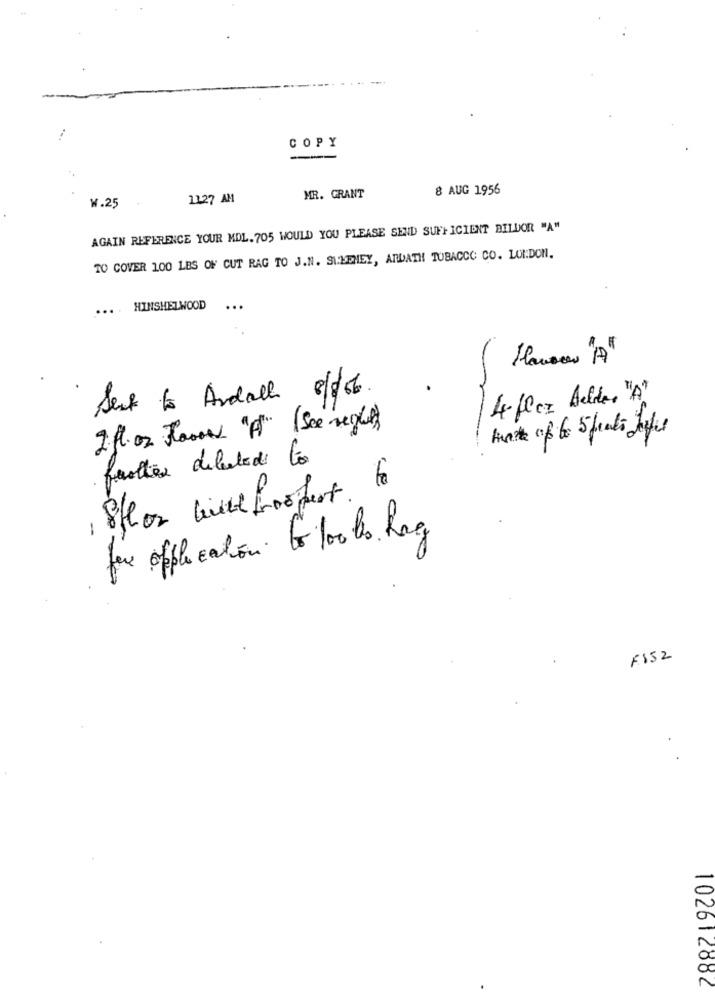
COPY
--
8 AUG 1956
11:27 AM
MR. GRANT
W.25
AGAIN REFERENCE YOUR MDL. 705 WOULD YOU PLEASE SEND SUFFICIENT BILDOR "A"
TO COVER 100 LES OF CUT RAG TO J.N. SIBEHEY, ARDATH TOBACCO CO. LONDON.
... . HINSHELWOOD
...
£
Sent to Andall 8/6.
4- flex Alder "A"
I fl. oz Floor "A" (See seglet)
fauttes deletede los
-
for application to 100 bo hag
F152
102612882